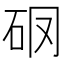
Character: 𥐼